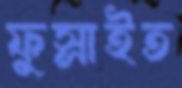
ফুস্‌লাইত